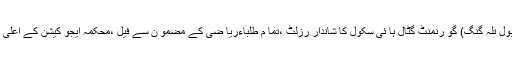
تلہ گنگ (نما ئندہ بول تلہ گنگ) گو رنمنٹ گٹال ہا ئی سکول کا شاندار رزلٹ ،تما م طلباءریا ضی کے مضمو ن سے فیل ،محکمہ ایجو کیشن کے اعلی افسران نو ٹس لیں ۔